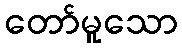
တော်မူသော